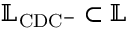
\mathbb { L } _ { \mathrm { C D C ^ { - } } } \subset \mathbb { L }